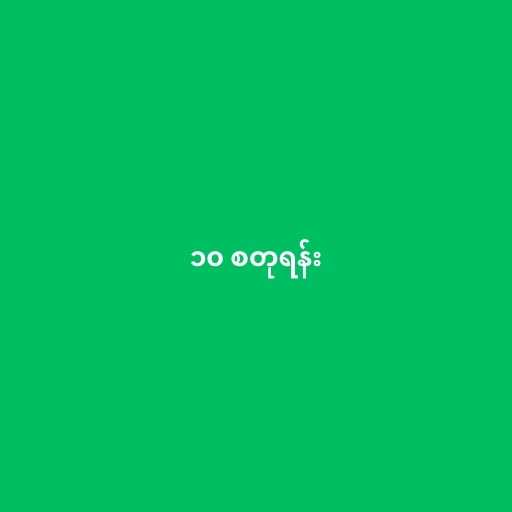
၁၀ စတုရန်း